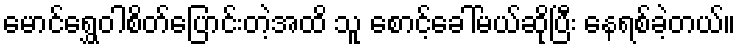
မောင်ရွှေဝါစိတ်ပြောင်းတဲ့အထိ သူ စောင့်ခေါ်မယ်ဆိုပြီး နေရစ်ခဲ့တယ်။